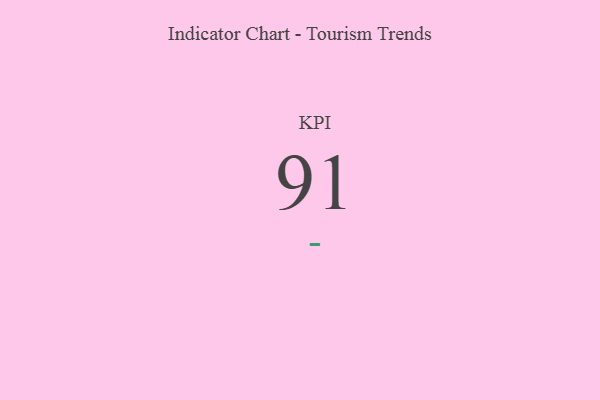
{"axis": {"x": "KPI", "y": "Value"}, "legend": [""], "data": [{"x": "KPI", "y": 91, "type": ""}]}